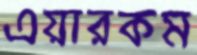
এয়ারকম